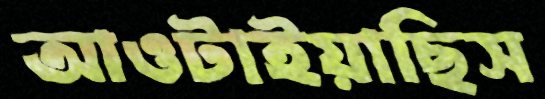
আওটাইয়াছিস